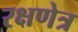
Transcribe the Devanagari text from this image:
रक्षणेत्र